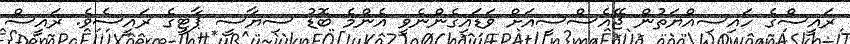
ރަައީސްގެ ހައިސިއްޔަތުން ޖޭއެސްސީއަށް ވަޑައިގެންނެވީ އެންމެ ބޮޑު ސިޔާސީ ޕާޓީގެ ރައީސެވެ. ރައީސް